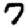
Digit: 7